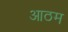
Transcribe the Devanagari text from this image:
आठम